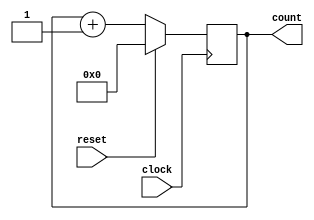
module PC(count, clock, reset);
  input		clock, reset;
  output	[31:0]	count;
  reg	[31:0]	count;
  always @(posedge clock)
    if(!reset)
      count = count + 1;
    else
      count = 0;
endmodule



module Instruction_Memory(Inst, PC, clock);
	input[31:0] PC;
	input clock;
	output[31:0] Inst;
	reg [31:0] memory [31:0];
	reg [31:0] Inst;
  integer addr;
  initial begin
    memory[0] = 32'b00000000000000000000000000000000;  // nop
    memory[1] = 32'b00000000000000000000000000000000;  // nop
    memory[2] = 32'b00000000000000000000000000000000;  // nop
    memory[3] = 32'b10001100000100010000000000001000;  // lw  $s1($17), 8($0)
    memory[4] = 32'b10001100000100100000000000000100;  // lw  $s2($18), 4($0)
    memory[5] = 32'b00000010001100100100000000100000;  // add $t0($8), $s1($17), $s2($18)
    memory[6] = 32'b00000000000000000000000000000000;  // nop
    memory[7] = 32'b00000000000000000000000000000000;  // nop
    memory[8] = 32'b00000000000000000000000000000000;  // nop
    memory[9] = 32'b00000000000000000000000000000000;  // nop
    memory[10]= 32'b00000000000000000000000000000000;  // nop
    memory[11]= 32'b00000000000000000000000000000000;  // nop
    memory[12]= 32'b00000000000000000000000000000000;  // nop
    memory[13]= 32'b00000000000000000000000000000000;  // nop
    memory[14]= 32'b00000000000000000000000000000000;  // nop
    memory[15]= 32'b00000000000000000000000000000000;  // nop
    memory[16]= 32'b00000000000000000000000000000000;  // nop
    memory[17]= 32'b00000000000000000000000000000000;  // nop
    memory[18]= 32'b00000000000000000000000000000000;  // nop 
    memory[19]= 32'b00000000000000000000000000000000;  // nop
    memory[20]= 32'b00000000000000000000000000000000;  // nop
    memory[21]= 32'b00000000000000000000000000000000;  // nop
    memory[22]= 32'b00000000000000000000000000000000;  // nop
    memory[23]= 32'b00000000000000000000000000000000;  // nop
    memory[24]= 32'b00000000000000000000000000000000;  // nop
    memory[25]= 32'b00000000000000000000000000000000;  // nop
    memory[26]= 32'b00000000000000000000000000000000;  // nop
    memory[27]= 32'b00000000000000000000000000000000;  // nop
    memory[28]= 32'b00000000000000000000000000000000;  // nop 
    memory[29]= 32'b00000000000000000000000000000000;  // nop
    memory[30]= 32'b00000000000000000000000000000000;  // nop
    memory[31]= 32'b00000000000000000000000000000000;  // nop
  end
  always @(posedge clock) begin
    addr = PC;//[31:0];
    Inst = memory[addr/4];
	end
endmodule

module Tb;
  reg clock, reset;
  wire [31:0] count;
  wire [31:0] inst;
  PC pc(count, clock, reset);
  Instruction_Memory im(inst,count,clock);
  initial begin
    repeat(1000)
    # 5 clock = ~clock;
  end
  initial begin
    $monitor($time, " Reset = %b, Count= %b Instruction=%b", reset, count,inst);
    #0  clock = 1'b0; reset = 1'b1;
    #11  reset = 1'b0;
  end
endmodule